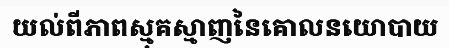
យល់ពីភាពស្មុគស្មាញនៃគោលនយោបាយ